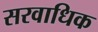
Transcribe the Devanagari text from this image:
सरवाधिक